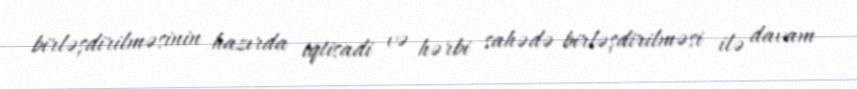
birləşdirilməsinin hazırda iqtisadi və hərbi sahədə birləşdirilməsi ilə davam